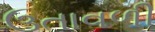
ઉતાવળી